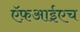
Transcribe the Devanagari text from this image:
ऍफ़आईएच